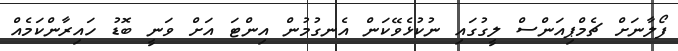
ފޯލާނަށް ޗެމްޕިއަންސް ލީގުގައި ނުކުޅެވޭކަން އެނގުމުން އިންޓަ އަށް ވަނީ ބޮޑު ހައިރާންކަމެއް